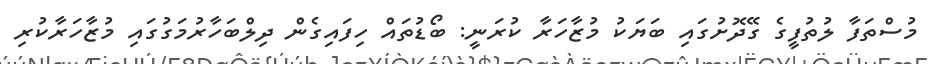
މުސްތަފާ ލުތުފީގެ ގޭދޮށުގައި ބަޔަކު މުޒާހަރާ ކުރަނީ: ބޯޑުތައް ހިފައިގެން ދިލްބަހާރުމަގުގައި މުޒާހަރާކުރި